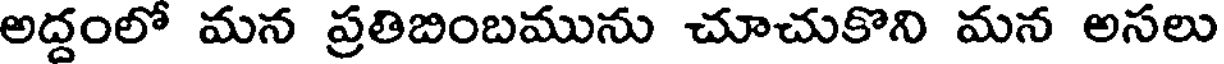
అద్దంలో మన ప్రతిబింబమును చూచుకొని మన అసలు